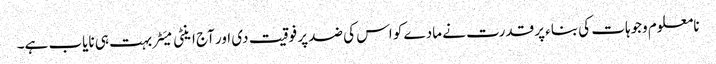
نامعلوم وجوہات کی بناء پر قدرت نے مادے کو اس کی ضد پر فوقیت دی اور آج اینٹی میَٹر بہت ہی نایاب ہے۔